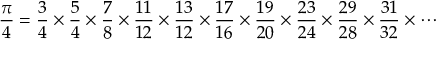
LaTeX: { \frac { \pi } { 4 } } = { \frac { 3 } { 4 } } \times { \frac { 5 } { 4 } } \times { \frac { 7 } { 8 } } \times { \frac { 1 1 } { 1 2 } } \times { \frac { 1 3 } { 1 2 } } \times { \frac { 1 7 } { 1 6 } } \times { \frac { 1 9 } { 2 0 } } \times { \frac { 2 3 } { 2 4 } } \times { \frac { 2 9 } { 2 8 } } \times { \frac { 3 1 } { 3 2 } } \times \cdots